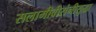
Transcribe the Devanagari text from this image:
सलामीवीरांनीसुद्धा